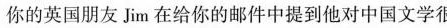
你的英国朋友Jim在给你的邮件中提到他对中国文学很